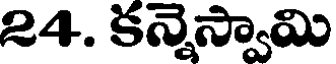
24. కన్నెస్వామి